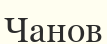
Чанов